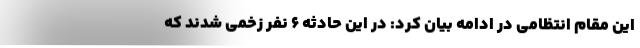
این مقام انتظامی در ادامه بیان کرد: در این حادثه ۶ نفر زخمی شدند که